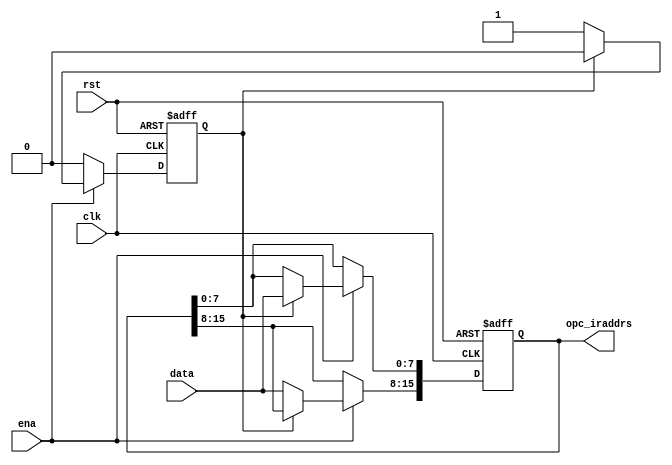
//instruction register:  
module instr_register (
    input             clk,
    input             rst,
    input             ena,
    input      [7:0]  data,
    output reg [15:0] opc_iraddrs
);
//-------------Reg/Wire Define------------//
reg state;

always @(posedge clk or posedge rst) begin
    if (rst) begin
        state <= 1'b0;
        opc_iraddrs <= 16'd0;
    end
    else begin
        if (ena) begin
            if (!state) begin
                opc_iraddrs[15:8] <= data;
                state <= 1'b1;
            end
            else if (state) begin
                opc_iraddrs[7:0]  <= data;
                state <= 1'b0;
            end
        end
        else begin
            state <= 1'b0;
        end
    end
end
    
endmodule